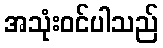
အသုံးဝင်ပါသည်